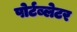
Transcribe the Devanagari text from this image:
पोर्टब्लेटर